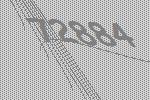
72884